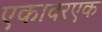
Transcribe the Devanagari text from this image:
एकावरएक